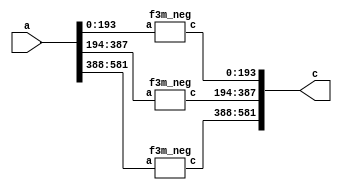
`define M     97          // M is the degree of the irreducible polynomial
`define WIDTH (2*`M-1)    // width for a GF(3^M) element
`define W2    (4*`M-1)    // width for a GF(3^{2*M}) element
`define W3    (6*`M-1)    // width for a GF(3^{3*M}) element
`define W6    (12*`M-1)   // width for a GF(3^{6*M}) element
`define PX    196'h4000000000000000000000000000000000000000001000002 // PX is the irreducible polynomial
`define ZERO {(2*`M){1'b0}}
`define TWO {(2*`M-2){1'b0}},2'b10
`define MOST 2*`M+1:2*`M

module f33m_neg(a, c);
    input [`W3:0] a;
    output [`W3:0] c;
    wire [`WIDTH:0] a0,a1,a2,c0,c1,c2;
    assign {a2,a1,a0} = a;
    assign c = {c2,c1,c0};
    f3m_neg
        ins1 (a0,c0),
        ins2 (a1,c1),
        ins3 (a2,c2);
endmodule

module f3m_neg(a, c);
    input [`WIDTH:0] a;
    output [`WIDTH:0] c;
    genvar i;
    generate
        for(i=0;i<=`WIDTH;i=i+2)
          begin:label
            assign c[i+1:i] = {a[i],a[i+1]};
          end
    endgenerate
endmodule